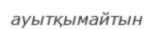
ауытқымайтын